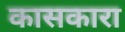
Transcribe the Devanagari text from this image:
कासकारा